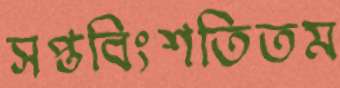
সপ্তবিংশতিতম